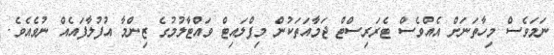
ނަމަވެސް މިހާތަނަށް އެއްވެސް ޓެރަރިސްޓް ޖަމާއަތަކުން މިފްލައިޓް ވައްޓާލުމުގެ ޒިންމާ އުފުލާފައެއް ނުވެއެވެ.